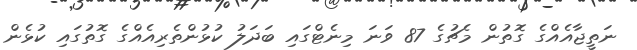
ނަތީޖާއެއްގެ ގޮތުން މެޗުގެ 87 ވަނަ މިނެޓްގައި ބަދަލު ކުޅުންތެރިއެއްގެ ގޮތުގައި ކުޅެން